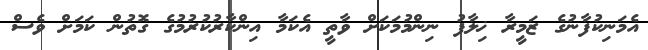
އެމަނިކުފާނުގެ ޒަމީރާ ޚިލާފު ނިންމުމަކަށް ވާތީ އެކަމާ އިންކާރުކުރުމުގެ ގޮތުން ކަމަށް ވެސް